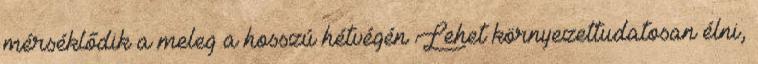
mérséklődik a meleg a hosszú hétvégén Lehet környezettudatosan élni,